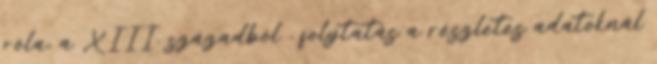
róla, a XIII. századból . folytatás a részletes adatoknál